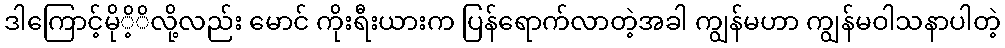
ဒါကြောင့်မိုိ့ိလို့လည်း မောင် ကိုးရီးယားက ပြန်ရောက်လာတဲ့အခါ ကျွန်မဟာ ကျွန်မဝါသနာပါတဲ့